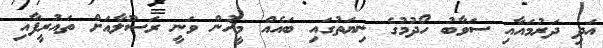
އަދި ދަރުމައާއި ސަވާބު ހޯދުމުގެ ނިޔަތުގައި ބައެއް މީހުން ވަނީ ރަސޫލާއަށް ތައުރީފާއި